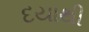
દયાથી